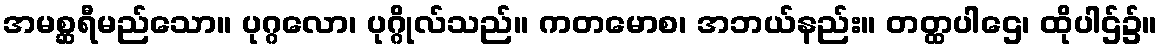
အမစ္ဆရီမည်သော။ ပုဂ္ဂလော၊ ပုဂ္ဂိုလ်သည်။ ကတမောစ၊ အဘယ်နည်း။ တတ္ထပါဌေ၊ ထိုပါဌ်၌။